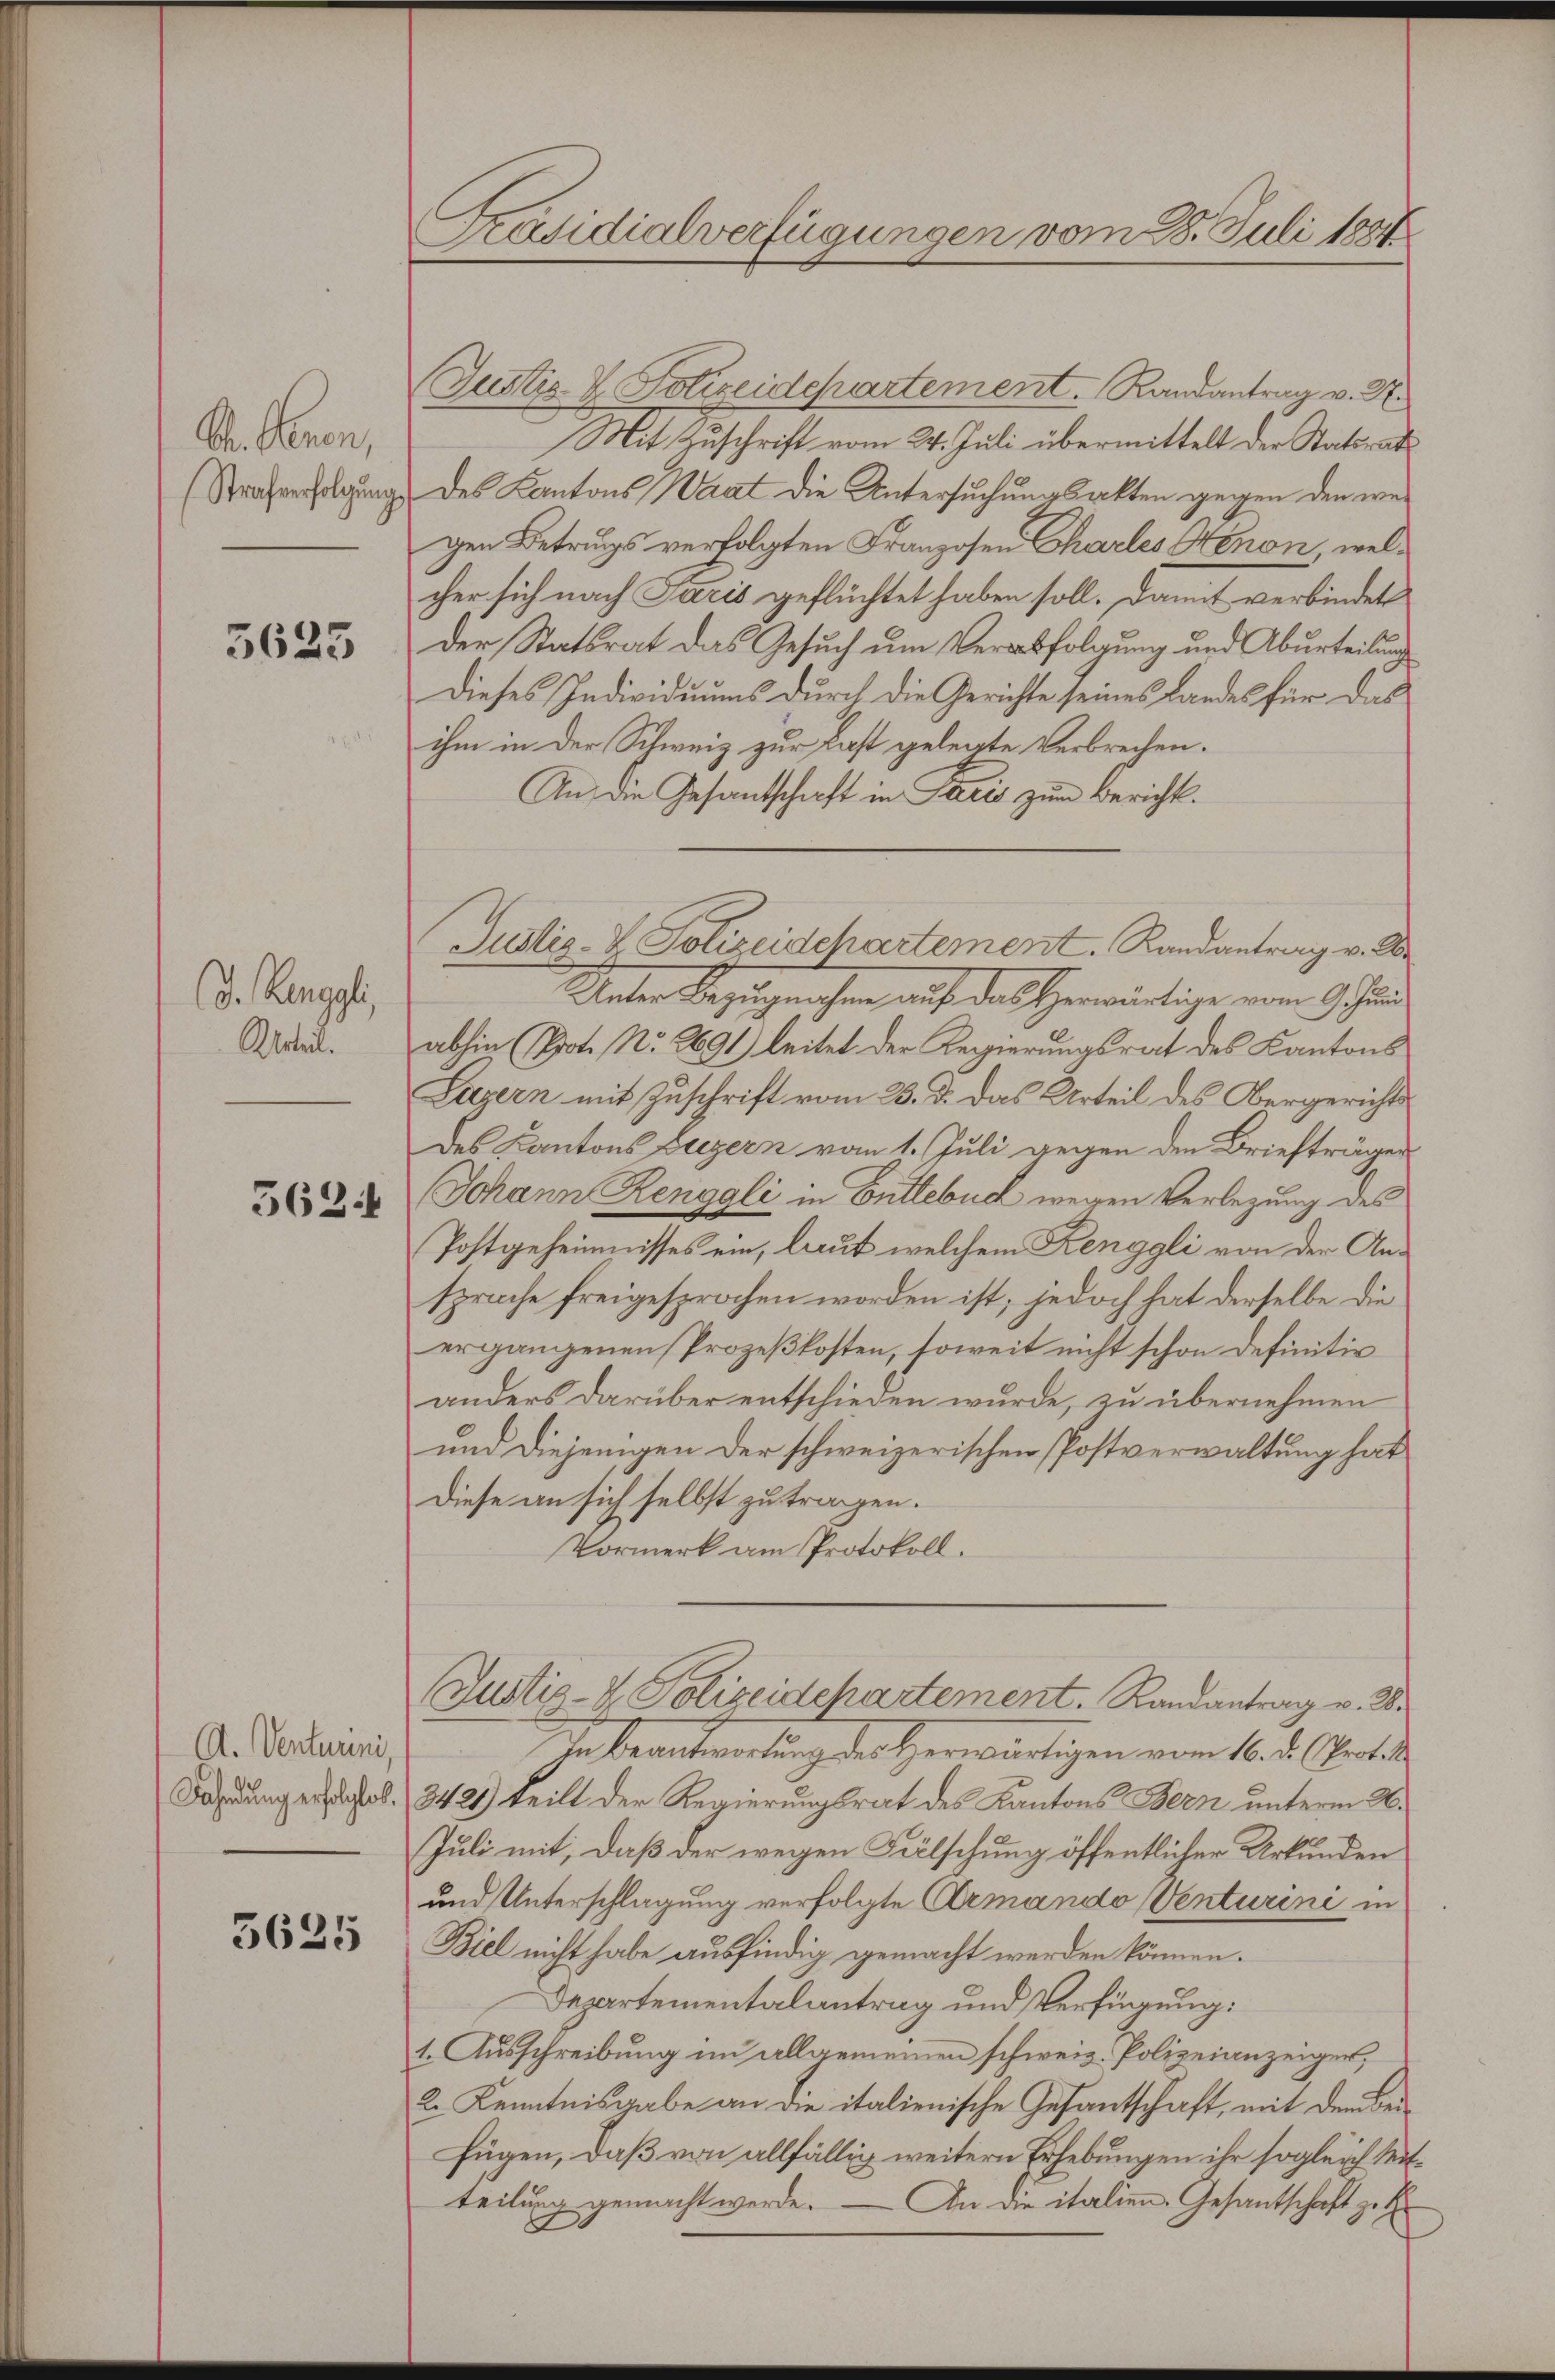
S. Benen,
Strafverfolgung

3625

(d. Henggli,
Urteil.

5624

A. Venturini,
Dahnung erfolglos.

5625

Präsidialverfügungen vom 28. Juli 1884

Justiz & Polizeidepartement. Randantrag v. K.
Mit Zuschrift vom 24. Juli übermittelt der Staatsrat
Des Kantons Waat die Untersuchungsakten gegen den wegen Betrugs verfolgten Franzosen Charles Senon, welcher sich nach Paris geflüchtet haben soll. Damit verbindet
der Statsrat das Gesuch um Verabfolgung und Aburteilung
Dieses Individuums durch die Gerichte seines Landes für das
ihm in der Schweiz zur Last gelegte Verbrechen.
An die Gesantschaft in Paris zum Bericht¬
Justiz- & Polizeidchartement. Randantrag v. De
Unter Bezugnahen auf das gewärtige vom 9. Jan
abhin (Pot. No. 2691) leitet der Regierungsrat des Kantons
Luzern mit Zuschrift vom 25. d. das Urteil des Obergerichts
des Kantons Luzern vom 1. Juli gegen den Briefträger
Johann Renggli in Entlebuch wegen Verlegung des
Postgeheimnisses ein, laut welchem Renggli von der Ansprache freigesprochen worden ist; jedoch hat derselbe die
ergangenen Prozeßkosten, soweit nicht schon Definitiv
anders darüber entschieden wurde, zu übernehmen
und diejenigen der schweizerischen Postverwaltung hat
Diese an sich selbst zu tragen.
Vormerk am Protokoll.
Justiz- & Polizeidchartement. Randantrag v. 26.
Jabeantwortung des Herwärtigen vom 16. d. Marti
3421) teilt der Regierungsrat des Kantons Bern unterm 26.
Juli mit, daß der wegen Fälschung öffentlicher Urkunden
und Unterschlagung verfolgte Armando Venturini in
Biel nicht habe ausfindig gemacht werden können.
Departementalantrag und Verfügung:
t. Ausschreibung im allgemeinen schweiz. Polizeianzeiger,
2. Kenntnisgabe an die italienische Gesantschaft, mit dem Beifügen, daß von allfällig weitern Erhebungen ihr sogleich Mitteilung gemacht werde.
An die italien. Gesantschaft zu